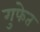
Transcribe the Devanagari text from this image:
गुफेत